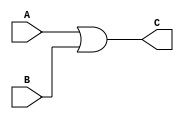
`timescale 1ns/1ns

module or_gate(A,B,C);
    input A;
    input B;
    output C;

    /* C is assigned with A 'or' B */
    assign C = A | B; 
endmodule

/* creating test bench */
module tb; 
    reg A,B; 
    wire C;

or_gate orz(A,B,C);

initial begin
    /* creating dump file and setting all variables to 0 in test bench*/
    $dumpfile("or.vcd");
    $dumpvars(0, tb);

    /* to monitor changes in variable*/
    $display("A B C");
    $monitor("%b %b %b", A,B,C);
    
    A = 0;
    B = 0;
    #20;
    A = 0;
    B = 1;
    #20;
    A = 1;
    B = 0;
    #20; 
    A = 1;
    B = 1;
    #20;
end
endmodule